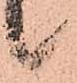
候